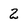
Character: 2